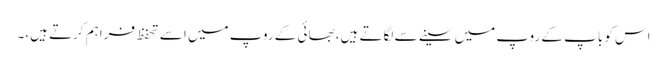
اس کو باپ کے روپ میں سینے سے لگاتے ہیں، بھائی کے روپ میں اسے تحفظ فراہم کرتے ہیں،۔